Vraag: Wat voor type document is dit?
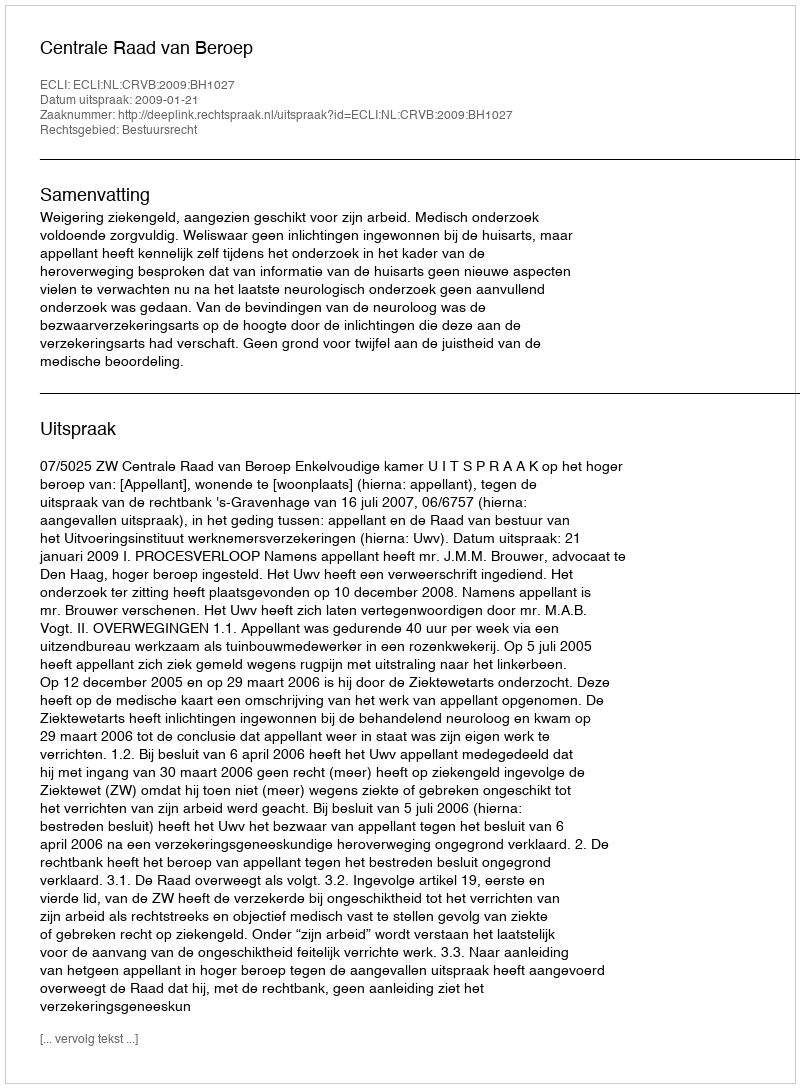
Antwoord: Uitspraak